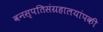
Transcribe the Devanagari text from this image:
वनस्पतिसंग्रहालयांपकी